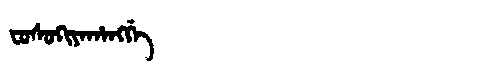
Manchu: ᠸᠣᠰᠣᡴᡳᠶᠠᡥᠠᠩᡤᡝ
Romanization: FOSOKIYAHANGGE